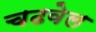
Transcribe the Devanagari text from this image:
चढवेल